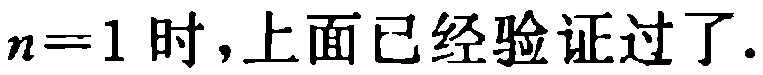
$n = 1\text{ 时,上面已经验证过了.}$